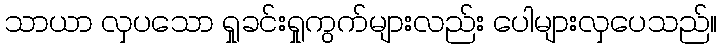
သာယာ လှပသော ရှုခင်းရှုကွက်များလည်း ပေါများလှပေသည်။